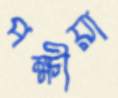
পক্ষীয়া